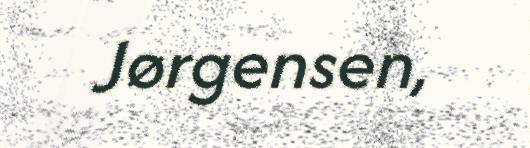
Jørgensen,